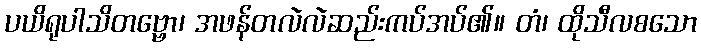
ပယိရုပါသိတဗ္ဗော၊ အဖန်တလဲလဲဆည်းကပ်အပ်၏။ တံ၊ ထိုသီလစသော